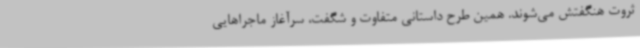
ثروت هنگفتش می‌شوند. همین طرح داستانی متفاوت و شگفت، سرآغاز ماجراهایی